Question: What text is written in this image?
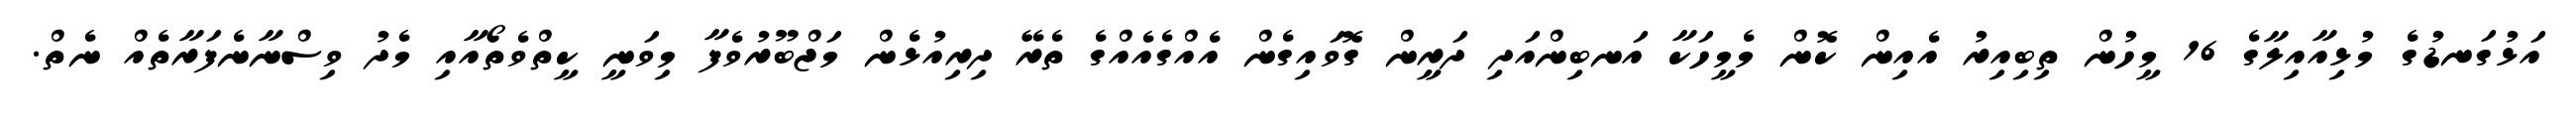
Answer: އަޅުގަނޑުގެ މުޅިއާއިލާގެ 16 މީހުން ތިބިއިރު އެއިން ކޮން މެމީހަކާ އަނބިންއަދި ދަރީން ގޮވައިގެން އެއްގެއެއްގެ ތެރޭ ދިރިއުޅެން މަޖްބޫރުވެފާ މިވަނީ ކީތްވެތޯއާއި މެދު ވިސްނާނެފަރާތެއް ނެތް.